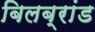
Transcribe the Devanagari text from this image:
बिलब्रांड